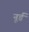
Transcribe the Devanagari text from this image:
नूर्ड